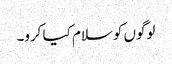
لوگوں کو سلام کیا کرو۔